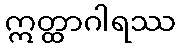
ဣတ္ထာဂါရဿ